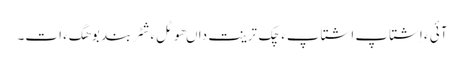
آئی ءَ اِشتاپ اِشتاپءَ چَک تَرینت داںھوٹلءِ شَٹربند بوھگءَ اَت۔